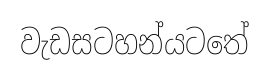
වැඩසටහන්යටතේ